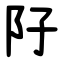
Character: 䦻